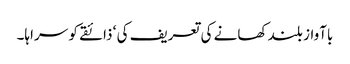
باآواز بلند کھانے کی تعریف کی ‘ ذائقے کو سراہا۔